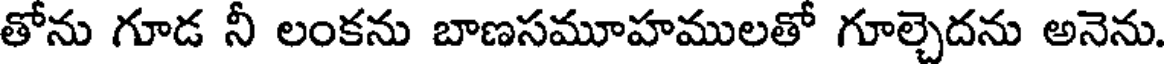
తోను గూడ నీ లంకను బాణసమూహములతో గూల్చెదను అనెను.